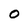
Character: O